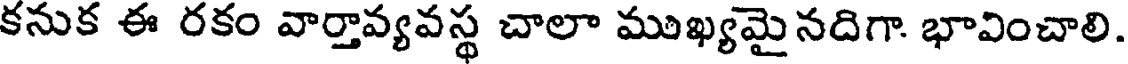
కనుక ఈ రకం వార్తావ్యవస్థ చాలా ముఖ్యమైనదిగా. భావించాలి.